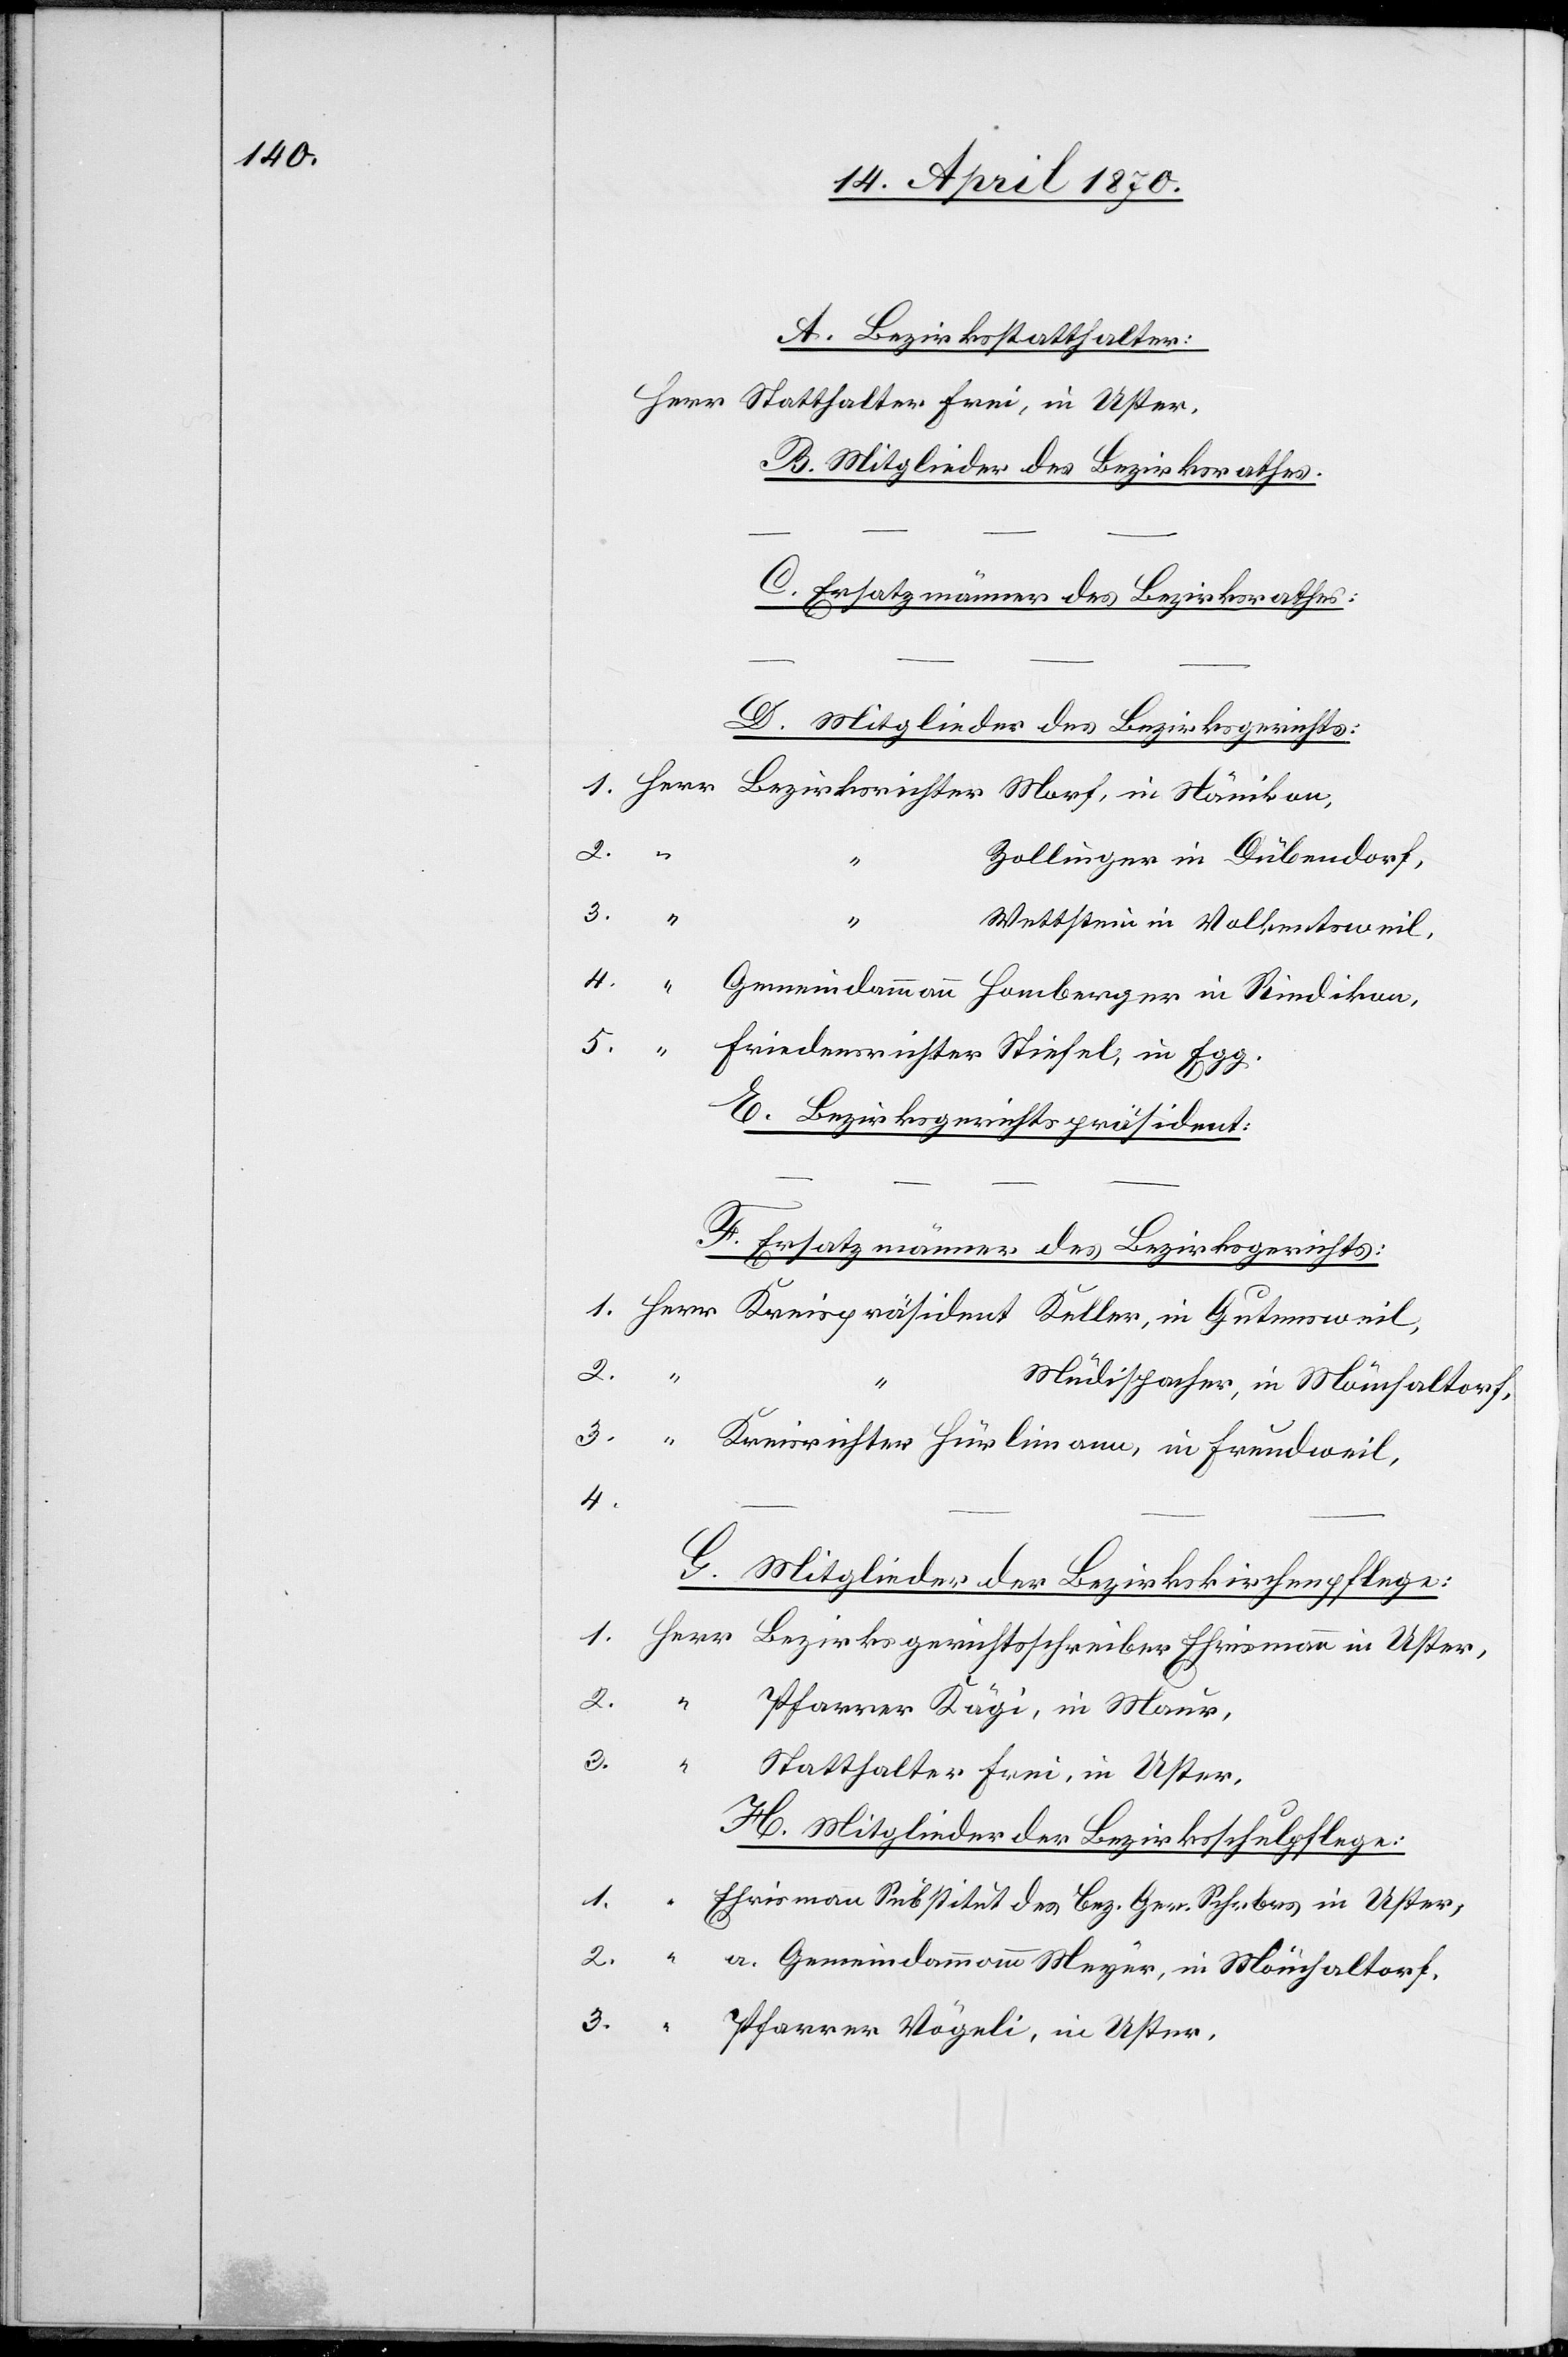
A. Bezirksstatthalter:
B. Mitglieder des Bezirksrathes.
C. Ersatzmänner des Bezirksrathes:
D. Mitglieder des Bezirksgerichts:
“
Zollinger, in Dübendorf,
3.
“
“
Wettstein in Volkentsweil,
Gemeindammann Homberger in Riedikon,
5.
Friedensrichter Stiefel, in Egg.
E. Bezirksgerichtspräsident:
–
F. Ersatzmänner des Bezirksgerichts:
3.
Uster.
4.
2.
1.
Pfarrer Kägi, in Maur,
3.
Statthalter Frei, in Uster,
H. Mitglieder der Bezirksschulpflege:
Ehrismann Substitut des Bez. Ger. Schrbrs in Uster,
a. Gemeindammann Meyer, in Mönchaltorf.